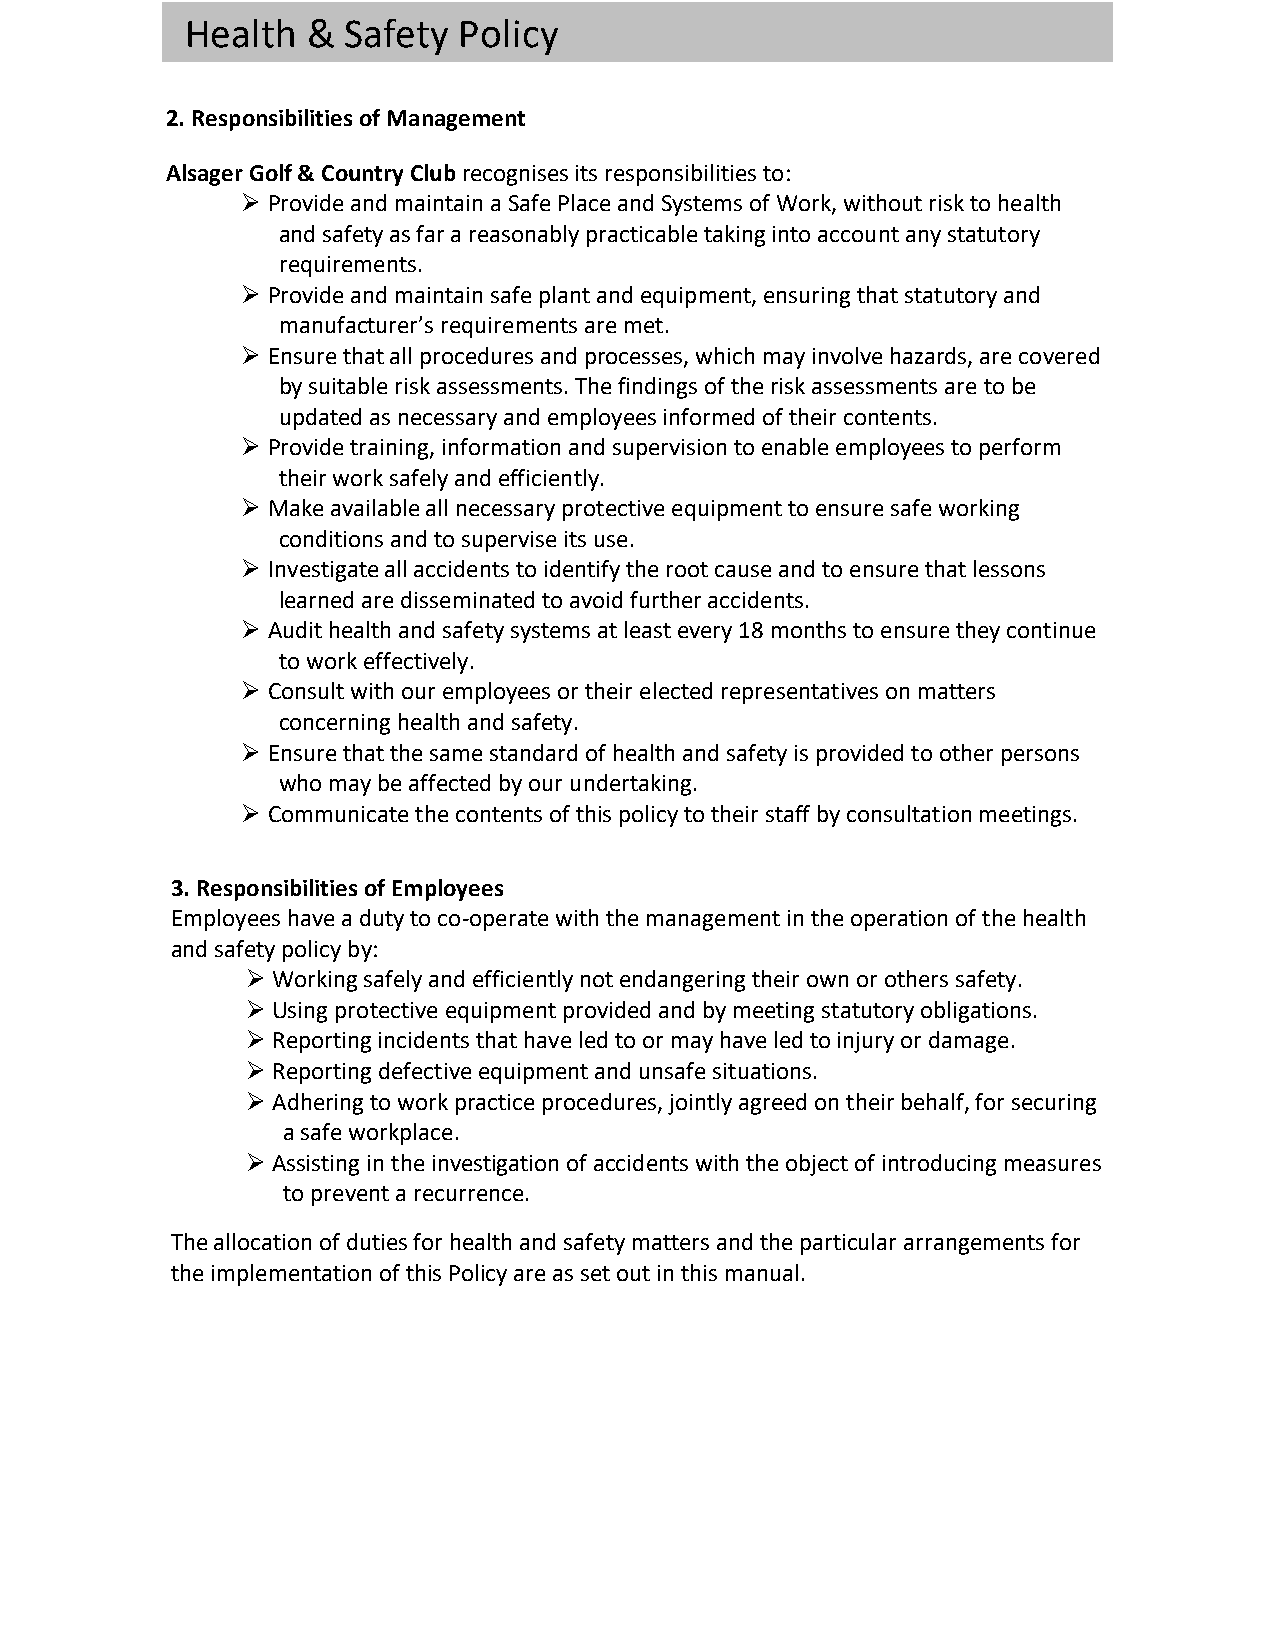
Health  &  Safety Policy
 2. Responsibilities of Management
 Alsager Golf & Country Club recognises its responsibilities to:
 Ø Provide and maintain a Safe Place and Systems of Work, without risk to health
 and safety as far a reasonably practicable taking into account any statutory
 requirements.
 Ø Provide and maintain safe plant and equipment, ensuring that statutory and
 manufacturer’s requirements are met.
 Ø Ensure that all procedures and processes, which may involve hazards, are covered
 by suitable risk assessments. The findings of the risk assessments are to be
 updated as necessary and employees informed of their contents.
 Ø Provide training, information and supervision to enable employees to perform
 their work safely and efficiently.
 Ø Make available all necessary protective equipment to ensure safe working
 conditions and to supervise its use.
 Ø Investigate all accidents to identify the root cause and to ensure that lessons
 learned are disseminated to avoid further accidents.
 Ø Audit health and safety systems at least every 18 months to ensure they continue
 to work effectively.
 Ø Consult with our employees or their elected representatives on matters
 concerning health and safety.
 Ø Ensure that the same standard of health and safety is provided to other persons
 who may be affected by our undertaking.
 Ø Communicate the contents of this policy to their staff by consultation meetings.
 3. Responsibilities of Employees
 Employees have a duty to co-operate with the management in the operation of the health
 and safety policy by:
 Ø Working safely and efficiently not endangering their own or others safety.
 Ø Using protective equipment provided and by meeting statutory obligations.
 Ø Reporting incidents that have led to or may have led to injury or damage.
 Ø Reporting defective equipment and unsafe situations.
 Ø Adhering to work practice procedures, jointly agreed on their behalf, for securing
 a safe workplace.
 Ø Assisting in the investigation of accidents with the object of introducing measures
 to prevent a recurrence.
 The allocation of duties for health and safety matters and the particular arrangements for
 the implementation of this Policy are as set out in this manual.